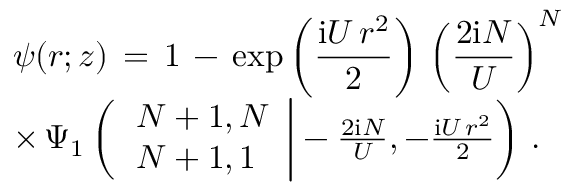
\begin{array} { l } { \displaystyle \psi ( \boldsymbol { r } ; z ) \, = \, 1 \, - \, \exp \left( \frac { \mathrm { i } U \, r ^ { 2 } } 2 \right) \, \left( \frac { 2 \mathrm { i } N } U \right) ^ { N } \, } \\ { \times \, \Psi _ { 1 } \left( \left. \begin{array} { l } { N + 1 , N } \\ { N + 1 , 1 } \end{array} \right| - \frac { 2 \mathrm { i } N } U , - \frac { \mathrm { i } U \, r ^ { 2 } } 2 \right) \, . } \end{array}